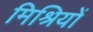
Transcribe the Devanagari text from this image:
मिश्रियों